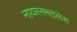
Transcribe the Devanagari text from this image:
नायरनमतलेस